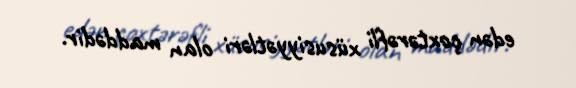
edən çoxtərəfli xüsusiyyətləri olan maddədir.